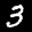
Label: 3